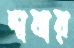
দাবার